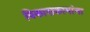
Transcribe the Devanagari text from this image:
विकासकामांना